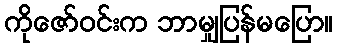
ကိုဇော်ဝင်းက ဘာမျှပြန်မပြော။